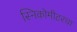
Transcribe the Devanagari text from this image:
स्निकोमीटरचा